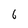
Character: 6